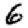
Digit: 6